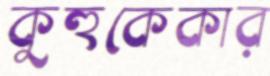
কুহুকেকার